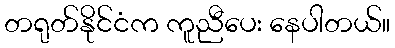
တရုတ်နိုင်ငံက ကူညီပေး နေပါတယ်။